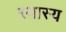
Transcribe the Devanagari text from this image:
स्वास्य